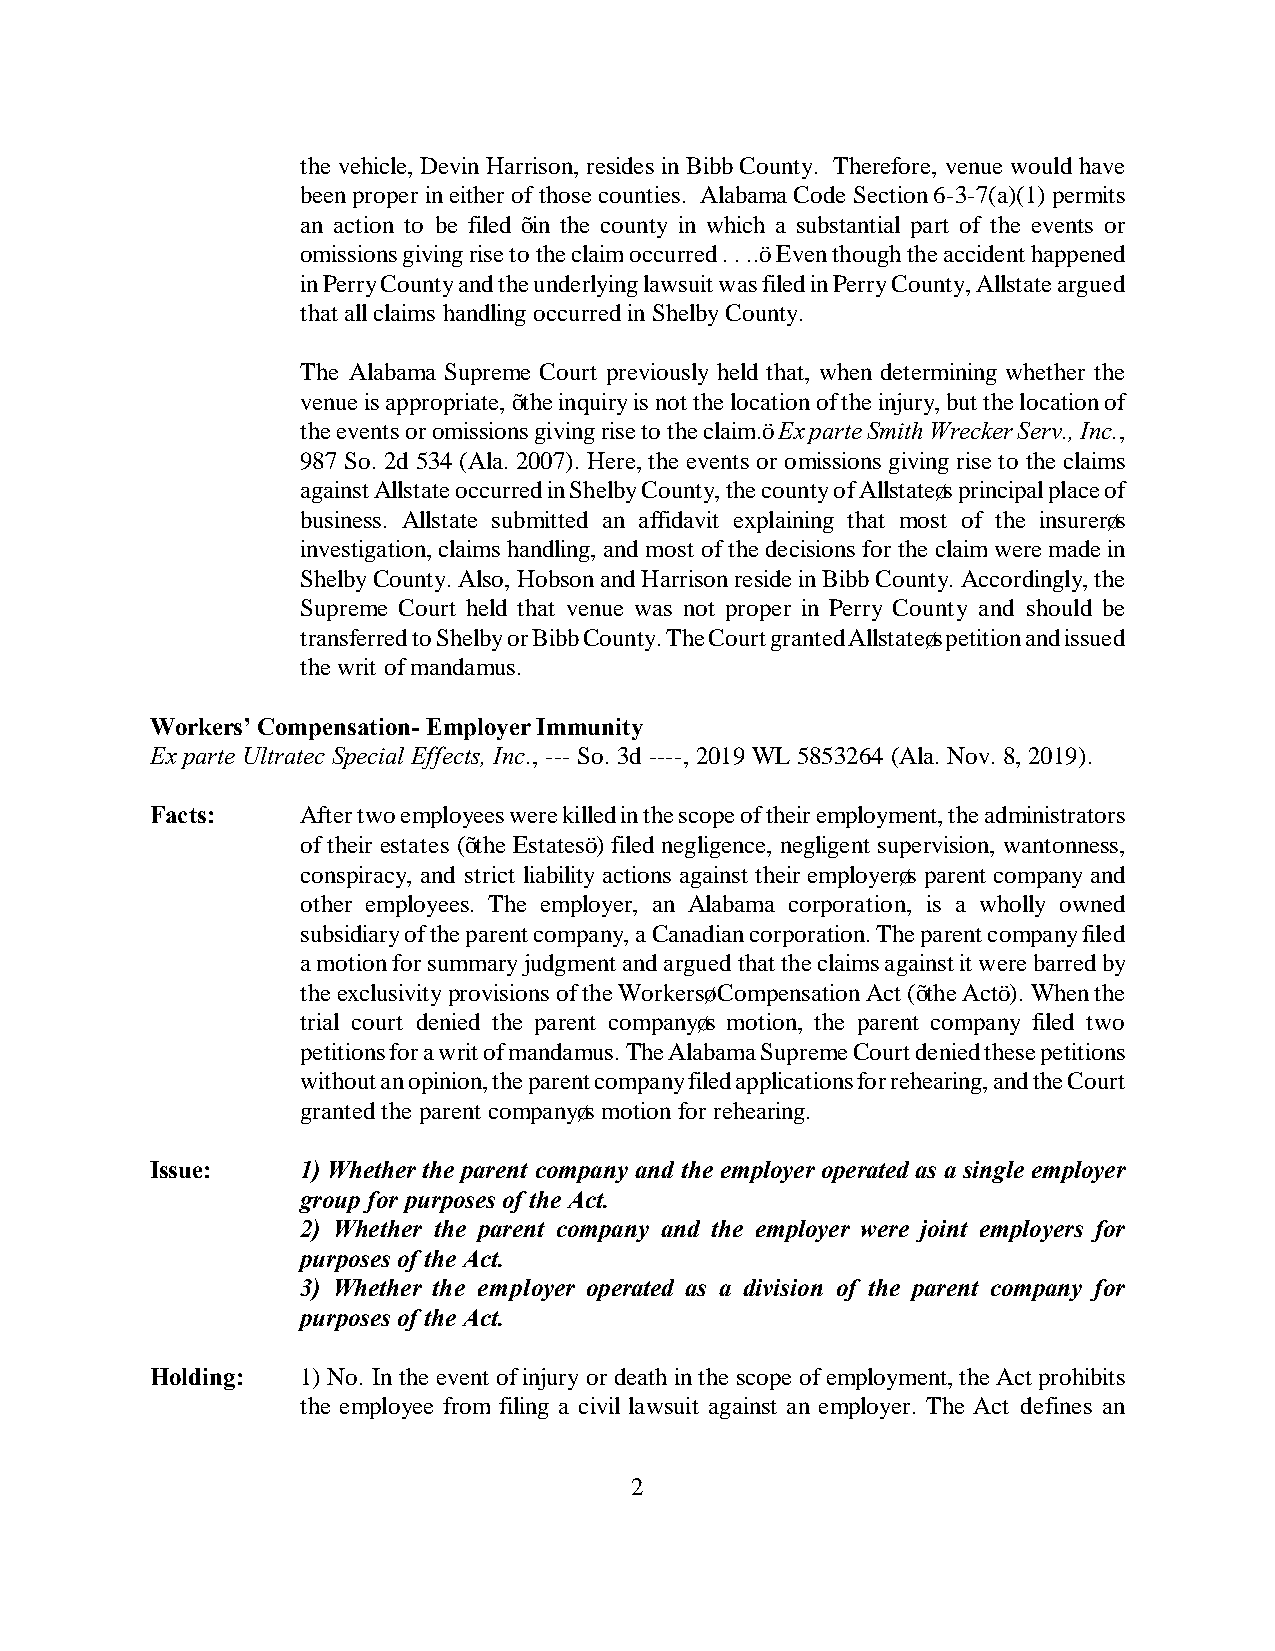
the vehicle, Devin Harrison, resides in Bibb County. Therefore, venue would have
 been proper in either of those counties. Alabama Code Section 6-3-7(a)(1) permits
 an action to be filed “in the county in which a substantial part of the events or
 omissions giving rise to the claim occurred . . ..” Even though the accident happened
 in Perry County and the underlying lawsuit was filed in Perry County, Allstate argued
 that all claims handling occurred in Shelby County.
 The Alabama Supreme Court previously held that, when determining whether the
 venue is appropriate, “the inquiry is not the location of the injury, but the location of
 the events or omissions giving rise to the claim.” Ex parte Smith Wrecker Serv., Inc.,
 987 So. 2d 534 (Ala. 2007). Here, the events or omissions giving rise to the claims
 against Allstate occurred in Shelby County, the county of Allstate’s principal place of
 business. Allstate submitted an affidavit explaining that most of the insurer’s
 investigation, claims handling, and most of the decisions for the claim were made in
 Shelby County. Also, Hobson and Harrison reside in Bibb County. Accordingly, the
 Supreme Court held that venue was not proper in Perry County and should be
 transferred to Shelby or Bibb County. The Court granted Allstate’s petition and issued
 the writ of mandamus.
 Workers’ Compensation- Employer Immunity
 Ex parte Ultratec Special Effects, Inc., --- So. 3d ----, 2019 WL 5853264 (Ala. Nov. 8, 2019).
 Facts:    After two employees were killed in the scope of their employment, the administrators
 of their estates (“the Estates”) filed negligence, negligent supervision, wantonness,
 conspiracy, and strict liability actions against their employer’s parent company and
 other employees. The employer, an Alabama corporation, is a wholly owned
 subsidiary of the parent company, a Canadian corporation. The parent company filed
 a motion for summary judgment and argued that the claims against it were barred by
 the exclusivity provisions of the Workers’ Compensation Act (“the Act”). When the
 trial court denied the parent company’s motion, the parent company filed two
 petitions for a writ of mandamus. The Alabama Supreme Court denied these petitions
 without an opinion, the parent company filed applications for rehearing, and the Court
 granted the parent company’s motion for rehearing.
 Issue:    1) Whether the parent company and the employer operated as a single employer
 group for purposes of the Act.
 2) Whether the parent company and the employer were joint employers for
 purposes of the Act.
 3) Whether the employer operated as a division of the parent company for
 purposes of the Act.
 Holding:  1) No. In the event of injury or death in the scope of employment, the Act prohibits
 the employee from filing a civil lawsuit against an employer. The Act defines an
 2